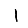
Digit: 1